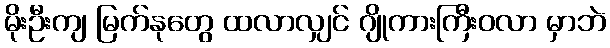
မိုးဦးကျ မြက်နုတွေ ထလာလျှင် ဂျိုကားကြီးဝလာ မှာဘဲ